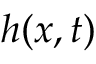
h ( x , t )